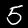
Label: 5